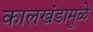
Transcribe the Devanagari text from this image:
कालखंडामुळे